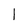
Character: I